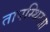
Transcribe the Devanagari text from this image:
तापस्थिरता